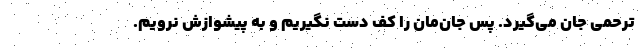
ترحمی جان می‌گیرد. پس جان‌مان را کف دست نگیریم و به پیشوازش نرویم.